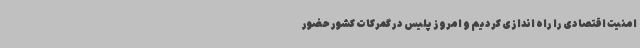
امنیت اقتصادی را راه اندازی کردیم و امروز پلیس در گمرکات کشور حضور